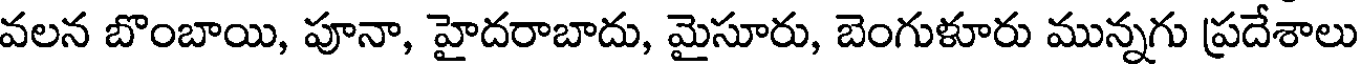
వలన బొంబాయి, పూనా, హైదరాబాదు, మైసూరు, బెంగుళూరు మున్నగు ప్రదేశాలు